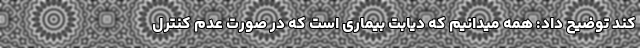
کند توضیح داد: همه میدانیم که دیابت بیماری است که در صورت عدم کنترل